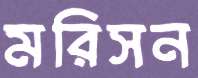
মরিসন